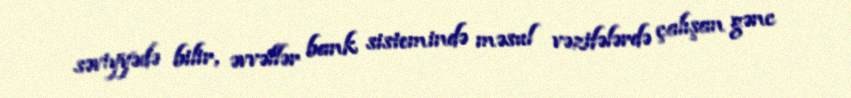
səviyyədə bilir, əvvəllər bank sistemində məsul vəzifələrdə çalışan gənc